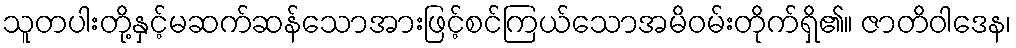
သူတပါးတို့နှင့်မဆက်ဆန်သောအားဖြင့်စင်ကြယ်သောအမိဝမ်းတိုက်ရှိ၏။ ဇာတိဝါဒေန၊